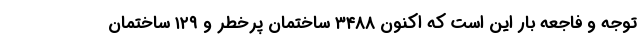
توجه و فاجعه بار این است که اکنون ۳۴۸۸ ساختمان پرخطر و ۱۲۹ ساختمان